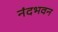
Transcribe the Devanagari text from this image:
नंदभवन